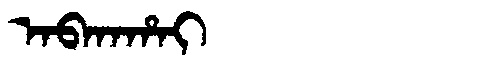
Manchu: ᠠᠪᡴᠠᡥᠠᡳ
Romanization: ABKAHAI